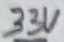
Text: 33V